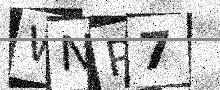
Text: WNP7